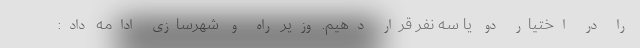
را در اختیار دو یا سه نفر قرار دهیم. وزیر راه و شهرسازی ادامه داد: